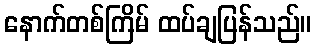
နောက်တစ်ကြိမ် ထပ်ချပြန်သည်။